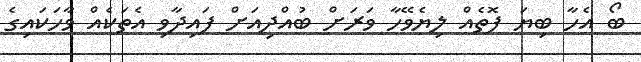
ބޯ އެހާ ބިޔަ ފޮތެއް ލިޔެވޭހާ ވަރަށް ބުއްދިއަށް ފައިދާވި އެތަކެއް ވާހަކައިގެ